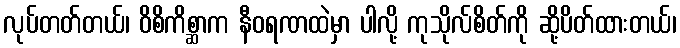
လုပ်တတ်တယ်၊ ဝိစိကိစ္ဆာက နီဝရဏထဲမှာ ပါလို့ ကုသိုလ်စိတ်ကို ဆို့ပိတ်ထားတယ်၊